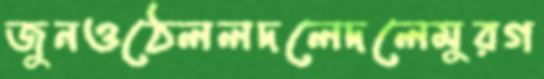
জুনওঠেললদলেদলেমুরগ